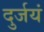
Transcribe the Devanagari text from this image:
दुर्जयं